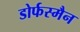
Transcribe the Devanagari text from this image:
डोर्फस्मैन